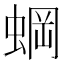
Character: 𬠐